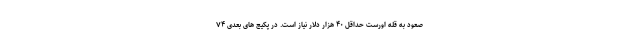
صعود به قله اورست حداقل ۴۰ هزار دلار نیاز است. در پکیج های بعدی ۷۴